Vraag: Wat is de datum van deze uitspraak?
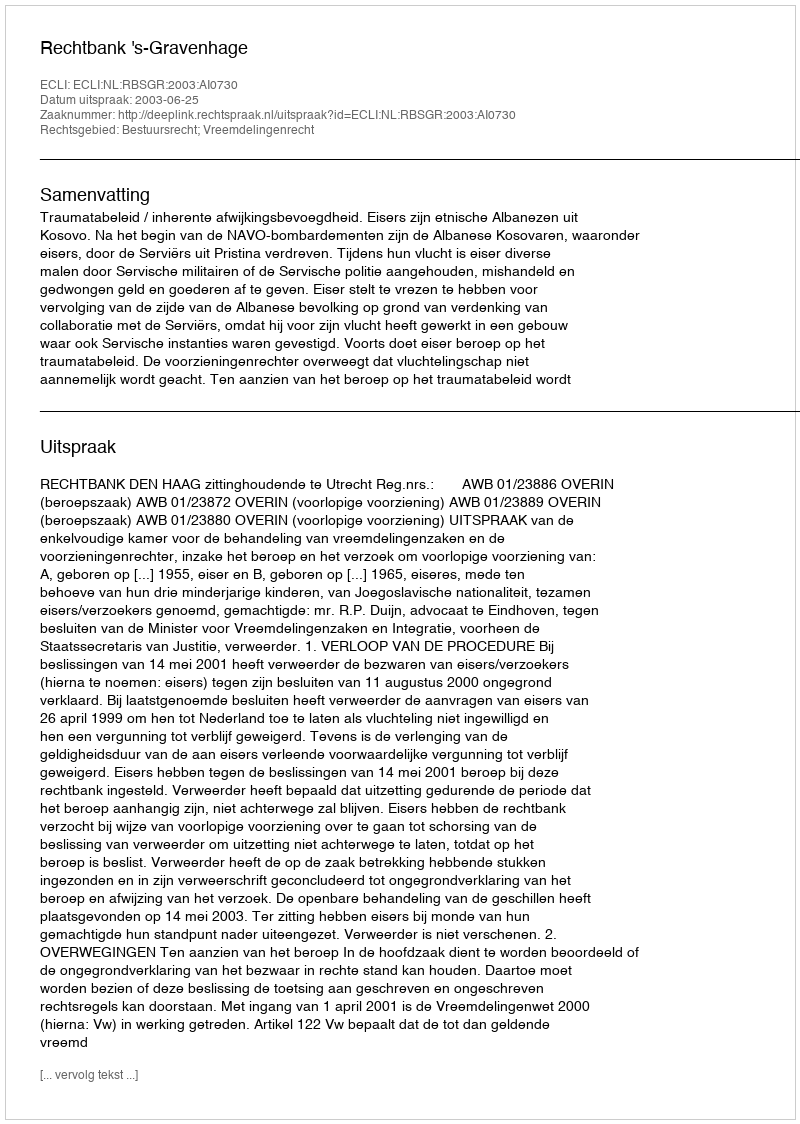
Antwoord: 2003-06-25